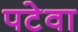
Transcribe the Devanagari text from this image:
पटेवा